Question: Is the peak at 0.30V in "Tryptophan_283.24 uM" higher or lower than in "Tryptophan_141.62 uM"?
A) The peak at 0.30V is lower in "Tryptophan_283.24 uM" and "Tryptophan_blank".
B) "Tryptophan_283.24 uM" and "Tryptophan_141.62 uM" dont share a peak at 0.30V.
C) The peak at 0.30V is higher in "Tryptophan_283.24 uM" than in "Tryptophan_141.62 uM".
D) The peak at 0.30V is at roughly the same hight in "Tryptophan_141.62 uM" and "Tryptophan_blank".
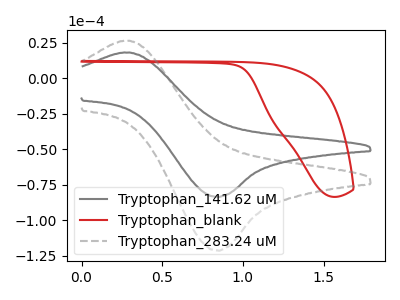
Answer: <think>The gray curve "Tryptophan_141.62 uM" has an anodic peak at (0.30V, 18.25uA) and a cathodic peak at (0.85V, -83.35uA). The red curve "Tryptophan_blank" has no peaks. The gray dashed curve "Tryptophan_283.24 uM" has an anodic peak at (0.30V, 26.50uA) and a cathodic peak at (0.85V, -121.15uA).</think>
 <answer>C) The peak at 0.30V is higher in "Tryptophan_283.24 uM" than in "Tryptophan_141.62 uM".</answer>
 <eval>C</eval>